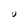
Character: U